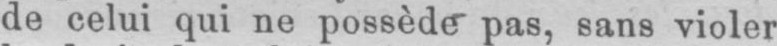
de celui qui ne possède pas, sans violer